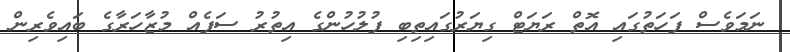
ނަމަވެސް ފަހަތުގައި އޮތް ރަޔަޓް ގިޔަރުގައިތިބި ފުލުހުންގެ އިތުރު ސަފެއް މުޒާހަރާގެ ބައިވެރިން